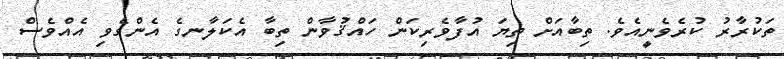
ތަކުރާރު ކުރެވެނީއެވެ. ތިބާއަށް ތިޔަ އުފާވެރިކަން ހައްޤުވާން ތިބާ އެކަލާނގެ އެންގެވި އެއްވެސް